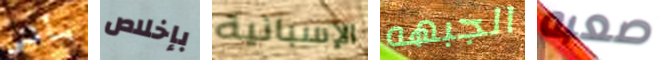
بأنى بإخلاص الإسبانية الجبهه صعبه